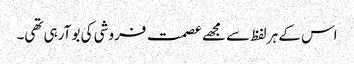
اس کے ہر لفظ سے مجھے عصمت فروشی کی بو آرہی تھی۔